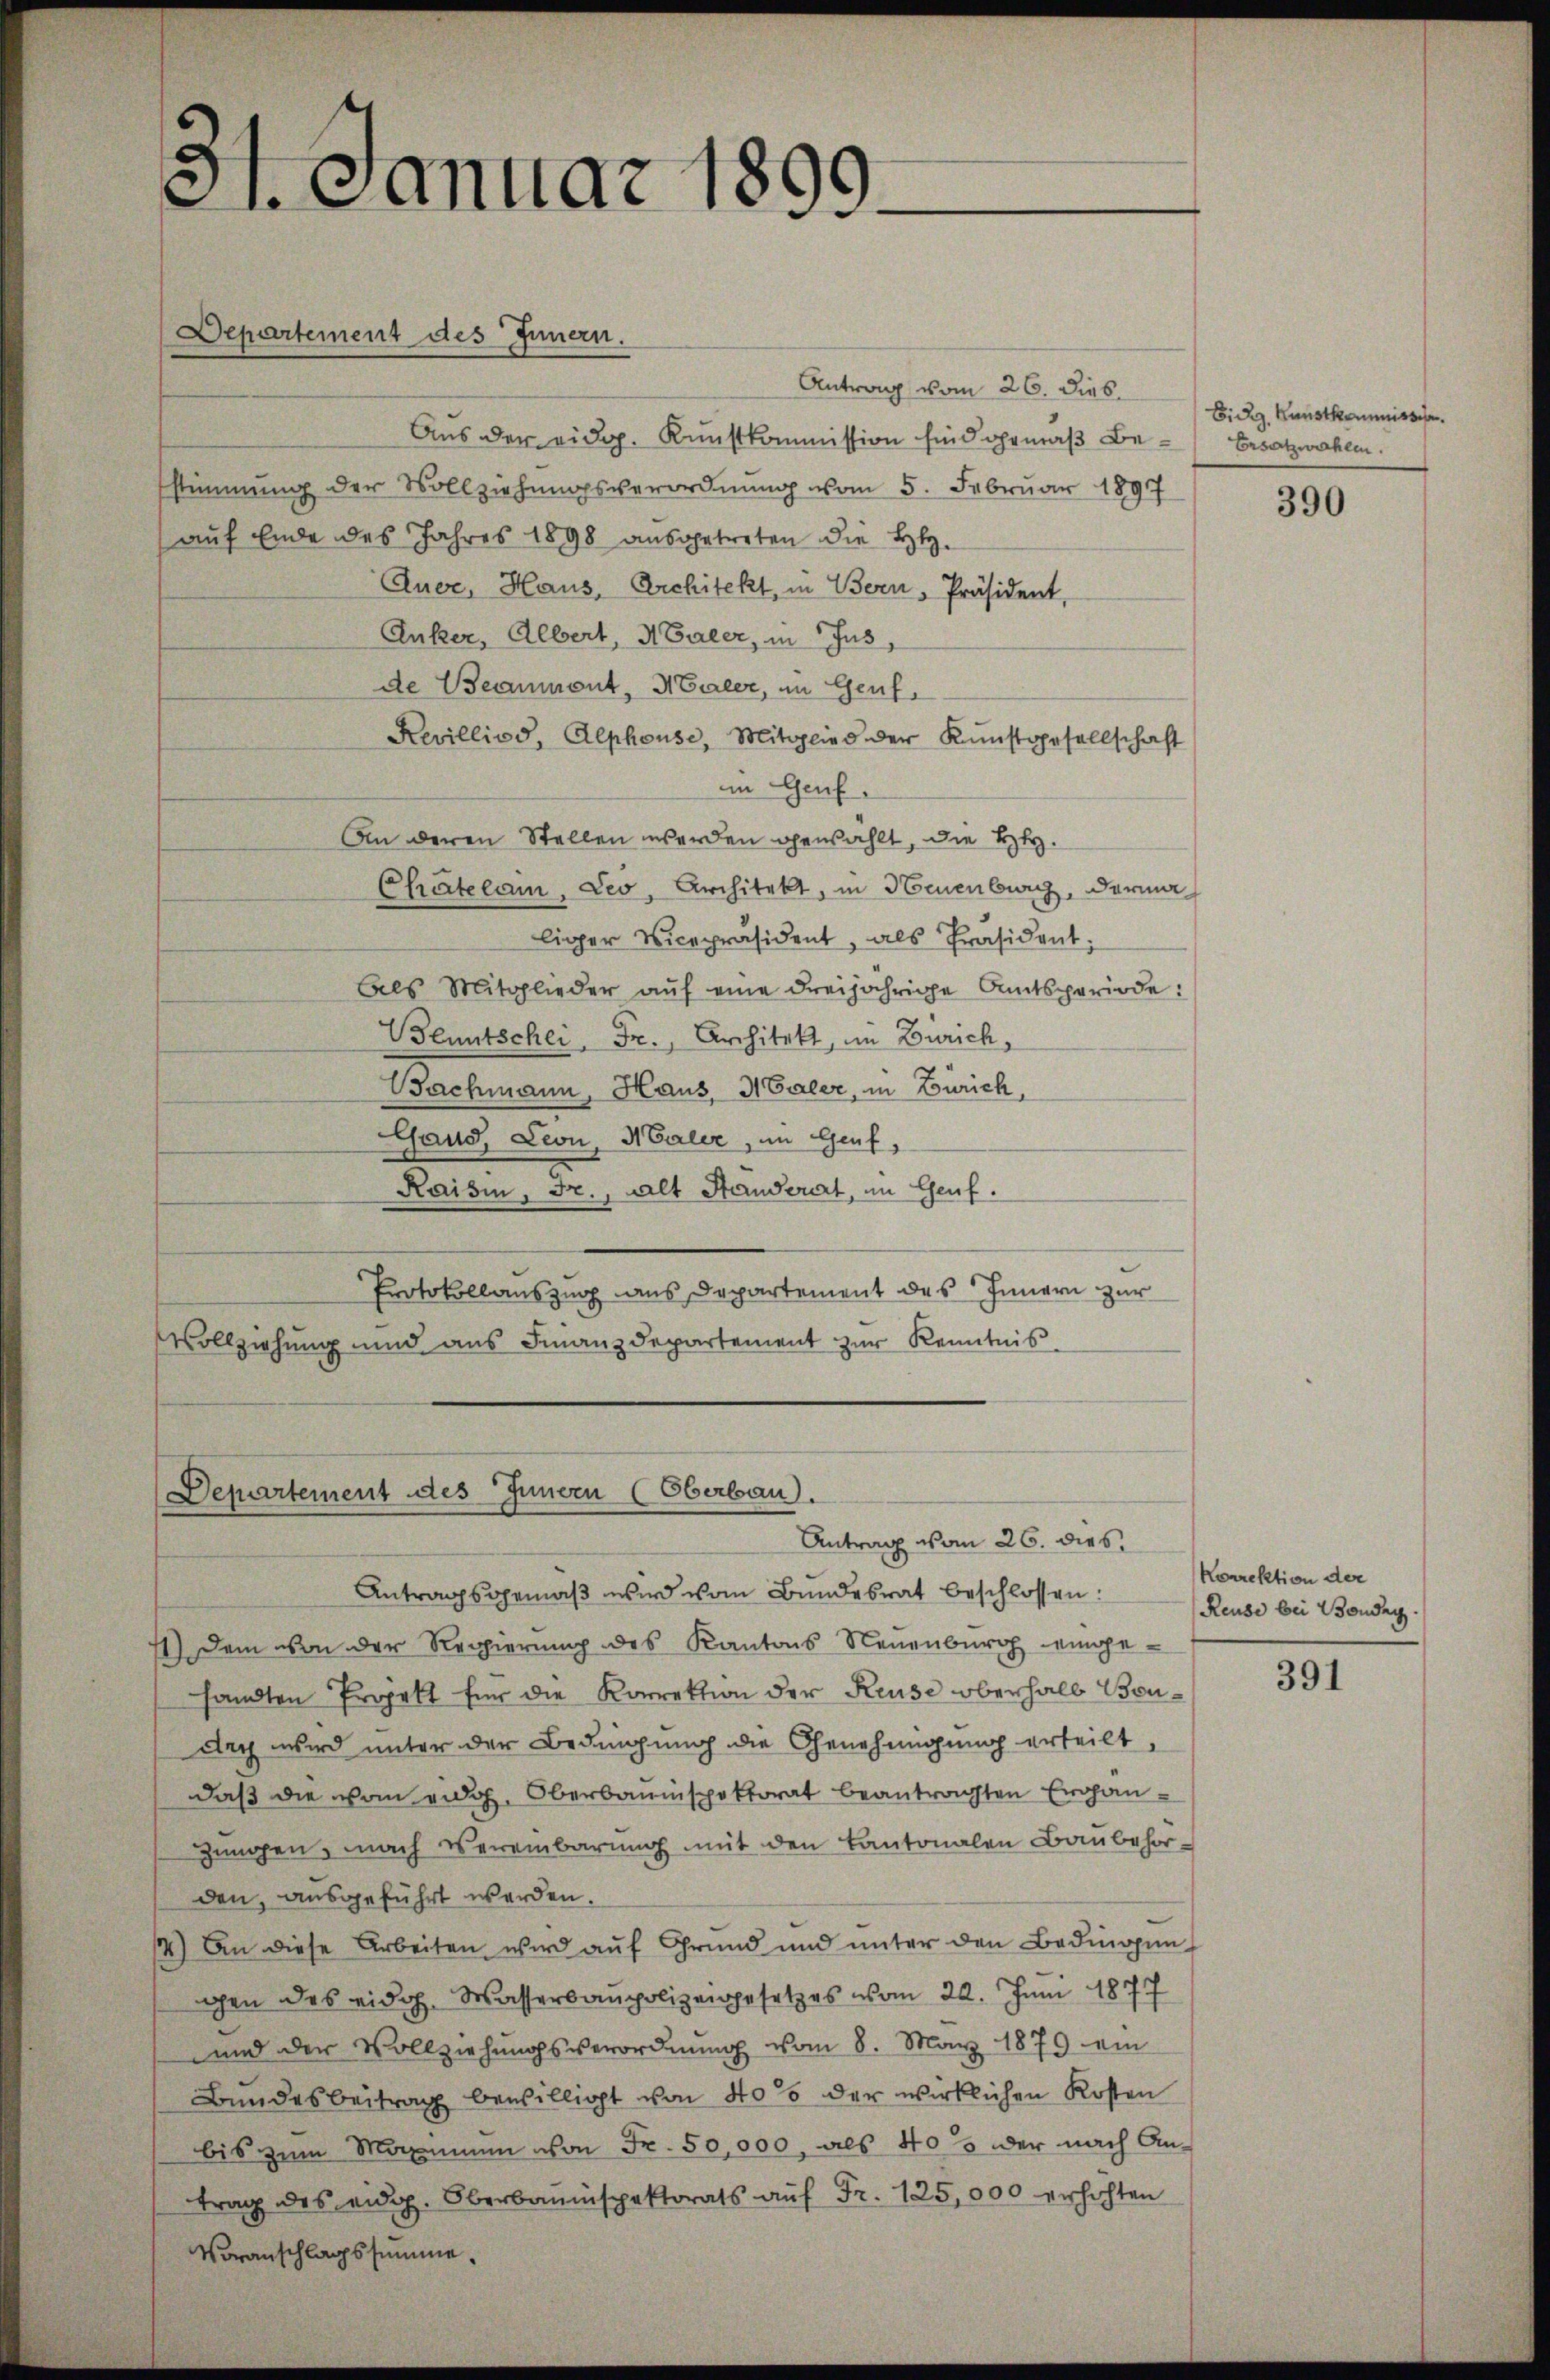
C
31. Januar 185.

Departement des Innern.

Antrag vom 26. Dieb.
Aus der eidg. Kunstkommission sind gemäß Bestimmung der Vollziehungsverordnung vom 5. Februar 1897
auf Ende des Jahres 1898 ausgetreten die H.
Auer, Haus, Architekt, in Bern, Präsident,
Anker, Albert, Maler, in Jus
de Beaumont, Maler, im Genf,
Revilliod, Alphouse, Mitglied der Kunstgesellschaft
im Genf.
An deren Stellen werden gewählt, die Herz.
Chatelam, Leo, Architekt, in Neuenburg, darin
liger Vicepräsident, als Präsident.
Als Mitglieder aŭf eine dreijährige Amtsperiode:
Bluntschei. Fr., Architekt, im Zürich,
Bachmann, Haus, Maler, in Zürich,
Gaud, Leon, Maler, im Genf,
Raisin, Fr., Alt Standerat, im Genf.
Protokollauszug aus Departement des Innern zur
Vollziehung und aus Finanzdepartement zur Kenntnis.

Departement des Innern (Oberbau).
Antrag vom 26. dies

Antragsgemäß wird vom Bundesrat beschlossen:
1.) Dem von der Regierung des Kantons Neuenburg eingesandten Projekt für die Korrektion der Reuse oberhalb Bendny wird unter der Bedingung die Genehmigung erteilt,
daß die von eidg. Oberbauinspektorat beantragten Ergän¬
Zungen, nach vereinbarung mit den Kantonalen Baubehörden, ausgeführt werden.
14.) An diese Arbeiten wird auf Grund und unter den Bedingun
gen des eidg. Wasserbaupolizeigesetzes vom 20. Juni 1877
und der Vollziehŭngsverordnŭng vom 8. März 1879 ein
Bundesbeitrag bewilligt von 40% der wirklichen Kosten
bis zum Maximum von Fr. 50,000, als 405 oder nach Antrag des eidg. Oberbauinspektorats aŭf Fr. 125,000 erhöhten
Voranschlagssumme.

Eid. Kunstkommissche
Ersatzwahlen.

390

Korrektion der
Reuse bei Bonder

391